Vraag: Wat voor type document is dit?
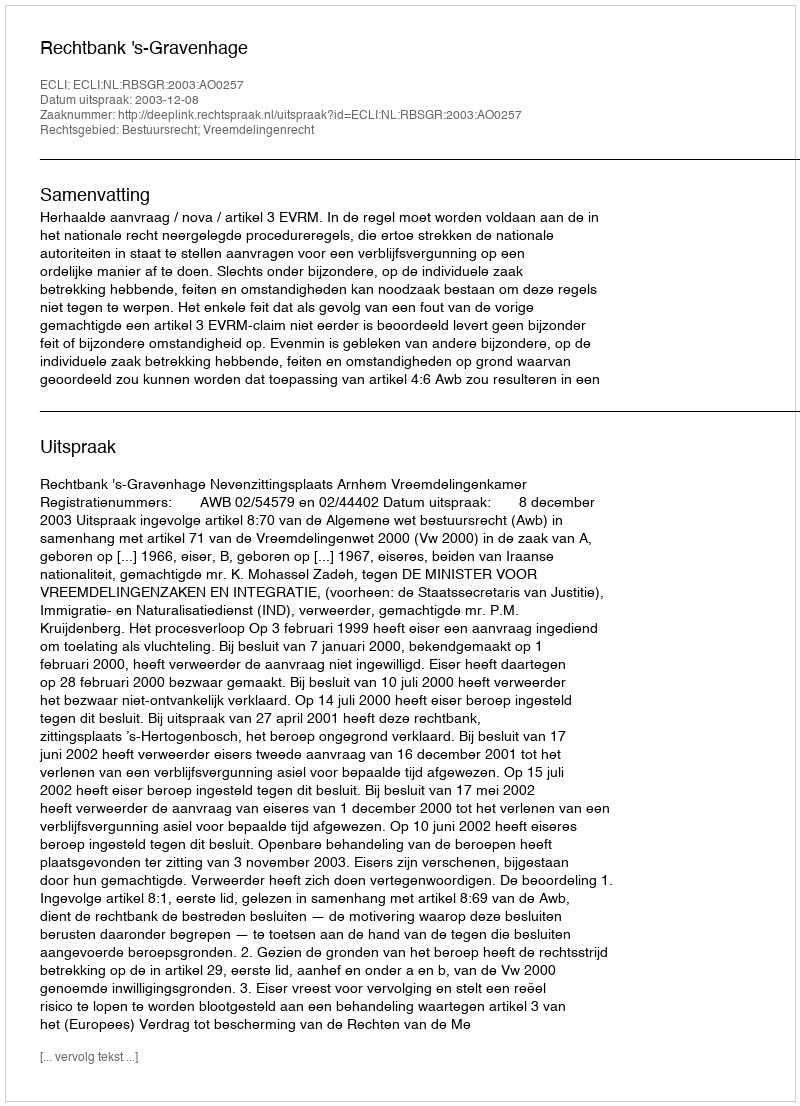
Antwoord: Uitspraak